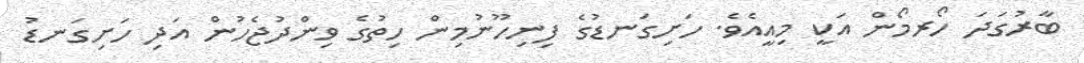
ބާރުގަދަ ހޯރމޯން އަކީ މިއީއެވެ. ހަށިގަނޑުގެ ފިނިހޫނުމިން ހިތުގެ ވިންދުޖެހުން އަދި ހަށިގަނޑު